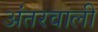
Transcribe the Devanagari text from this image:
अंतरवाली